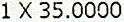
1 X 35.0000